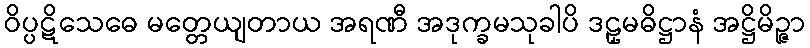
ဝိပ္ပဋိသေဓေ မတ္တေယျတာယ အရဏီ အဒုက္ခမသုခါပိ ဒဠှမဓိဋ္ဌာနံ အဋ္ဌိမိဉ္ဇာ